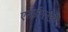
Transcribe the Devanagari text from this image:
एसईएलडी